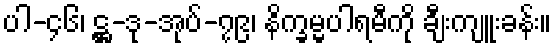
ပါ-၄၆၊ ဋ္ဌ-ဒု-အုပ်-၇၉၊ နိက္ခမ္မပါရမီကို ချီးကျူးခန်း။